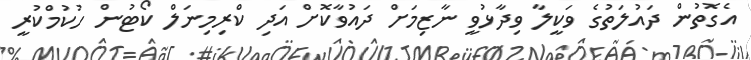
އެގޮތުން ދައުލަތުގެ ވަކީލާ ވިދާޅުވީ ނާޒިމަށް ދައުވާކޮށް އަދި ކްރިމިނަލް ކޯޓުން ހުކުމްކުރީ